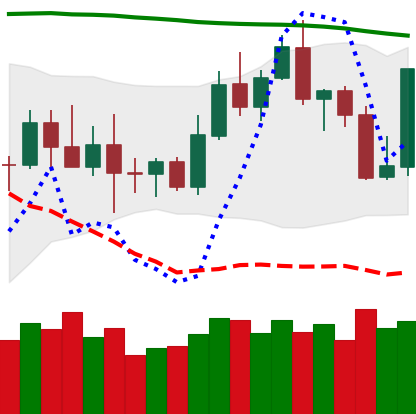
Ticker: TRX-USD
Chart end date: 2022-11-04
Forward return: -16.023%
Label: down_7plus